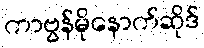
ကာဗွန်မိုနောက်ဆိုဒ်